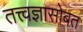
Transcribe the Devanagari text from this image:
तत्त्वज्ञासोबत